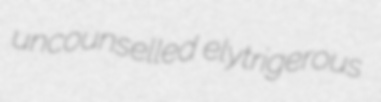
uncounselled elytrigerous